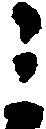
ミ